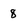
Character: 8